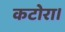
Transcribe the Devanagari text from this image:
कटोरा।